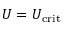
U = U _ { \mathrm { c r i t } }